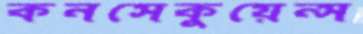
কনসেকুয়েন্স